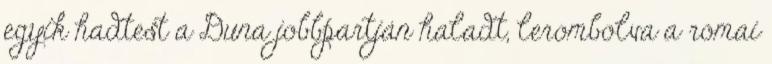
egyik hadtest a Duna jobbpartján haladt, lerombolva a római